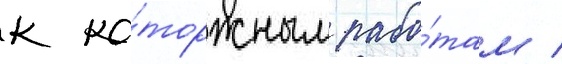
к ка́торжным рабо́там /